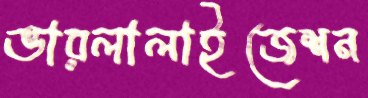
ভারলালাইজেশন